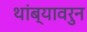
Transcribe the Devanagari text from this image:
थांब्यावरुन